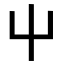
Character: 屮